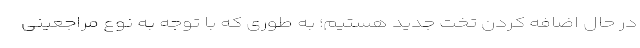
در حال اضافه کردن تخت جدید هستیم؛ به طوری که با توجه به نوع مراجعینی